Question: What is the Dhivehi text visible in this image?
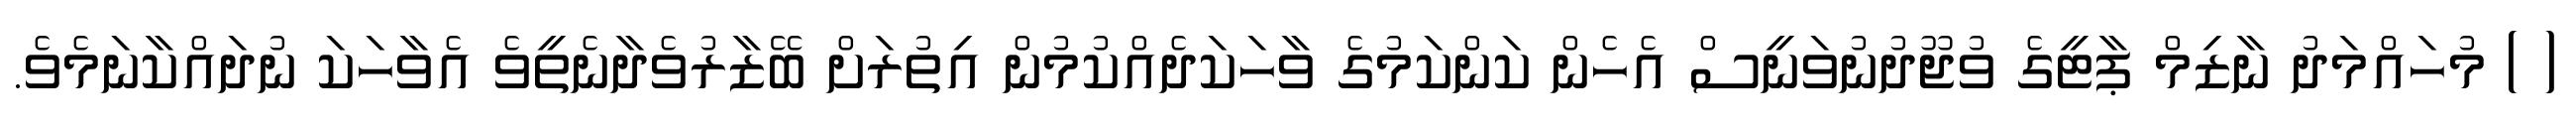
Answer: ( ) މުހައްމަދު ނާޒިމް ޕާޓީގެ ވުޖޫދުނުވަނީސް އެހެން ކަންކަމުގެ ވާހަކަދެއްކުމުން އިތުރަށް ބޭޒާރުވެދާނެތީވެ އެވާހަކަ ނުދައްކާނަމެވެ.